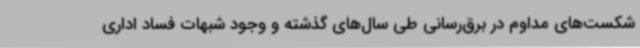
شکست‌های مداوم در برق‌رسانی طی سال‌های گذشته و وجود شبهات فساد اداری